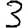
Digit: 3